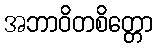
အဘာဝိတစိတ္တော